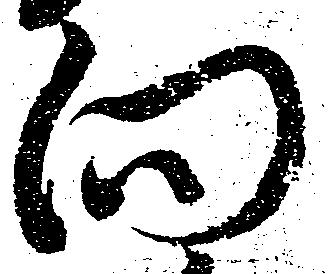
向